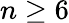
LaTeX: n\geq 6